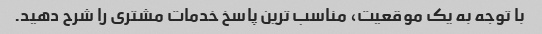
با توجه به یک موقعیت، مناسب ترین پاسخ خدمات مشتری را شرح دهید.